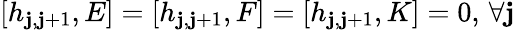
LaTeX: [h_{\mathbf{j},\mathbf{j}+1},E]=[h_{\mathbf{j},\mathbf{j}+1},F]=[h_{\mathbf{j},\mathbf{j}+1},K]=0,\, \forall\mathbf{j}